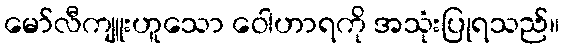
မော်လီကျူးဟူသော ဝေါဟာရကို အသုံးပြုရသည်။